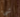
شيء